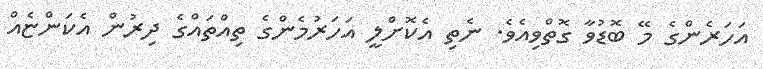
އަހަރެންގެ މޭ ބޮޑުވާ ގޮތްވިއެވެ. ނެތި އެކޮށްލީ އަހަރުމެންގެ ތިއްތައްގެ ދިރުން އެކަންޏެއް